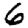
Digit: 6